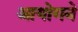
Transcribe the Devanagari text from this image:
आयोगने